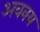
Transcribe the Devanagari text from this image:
अववय